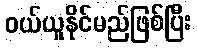
ဝယ်ယူနိုင်မည်ဖြစ်ပြီး